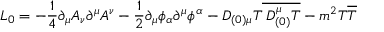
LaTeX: { \cal L } _ { 0 } = - \frac { 1 } { 4 } \partial _ { \mu } A _ { \nu } \partial ^ { \mu } A ^ { \nu } - \frac { 1 } { 2 } \partial _ { \mu } \phi _ { \alpha } \partial ^ { \mu } \phi ^ { \alpha } - D _ { ( 0 ) \mu } T \overline { { { \: D _ { ( 0 ) } ^ { \mu } T } } } - m ^ { 2 } T \overline { { { T } } }